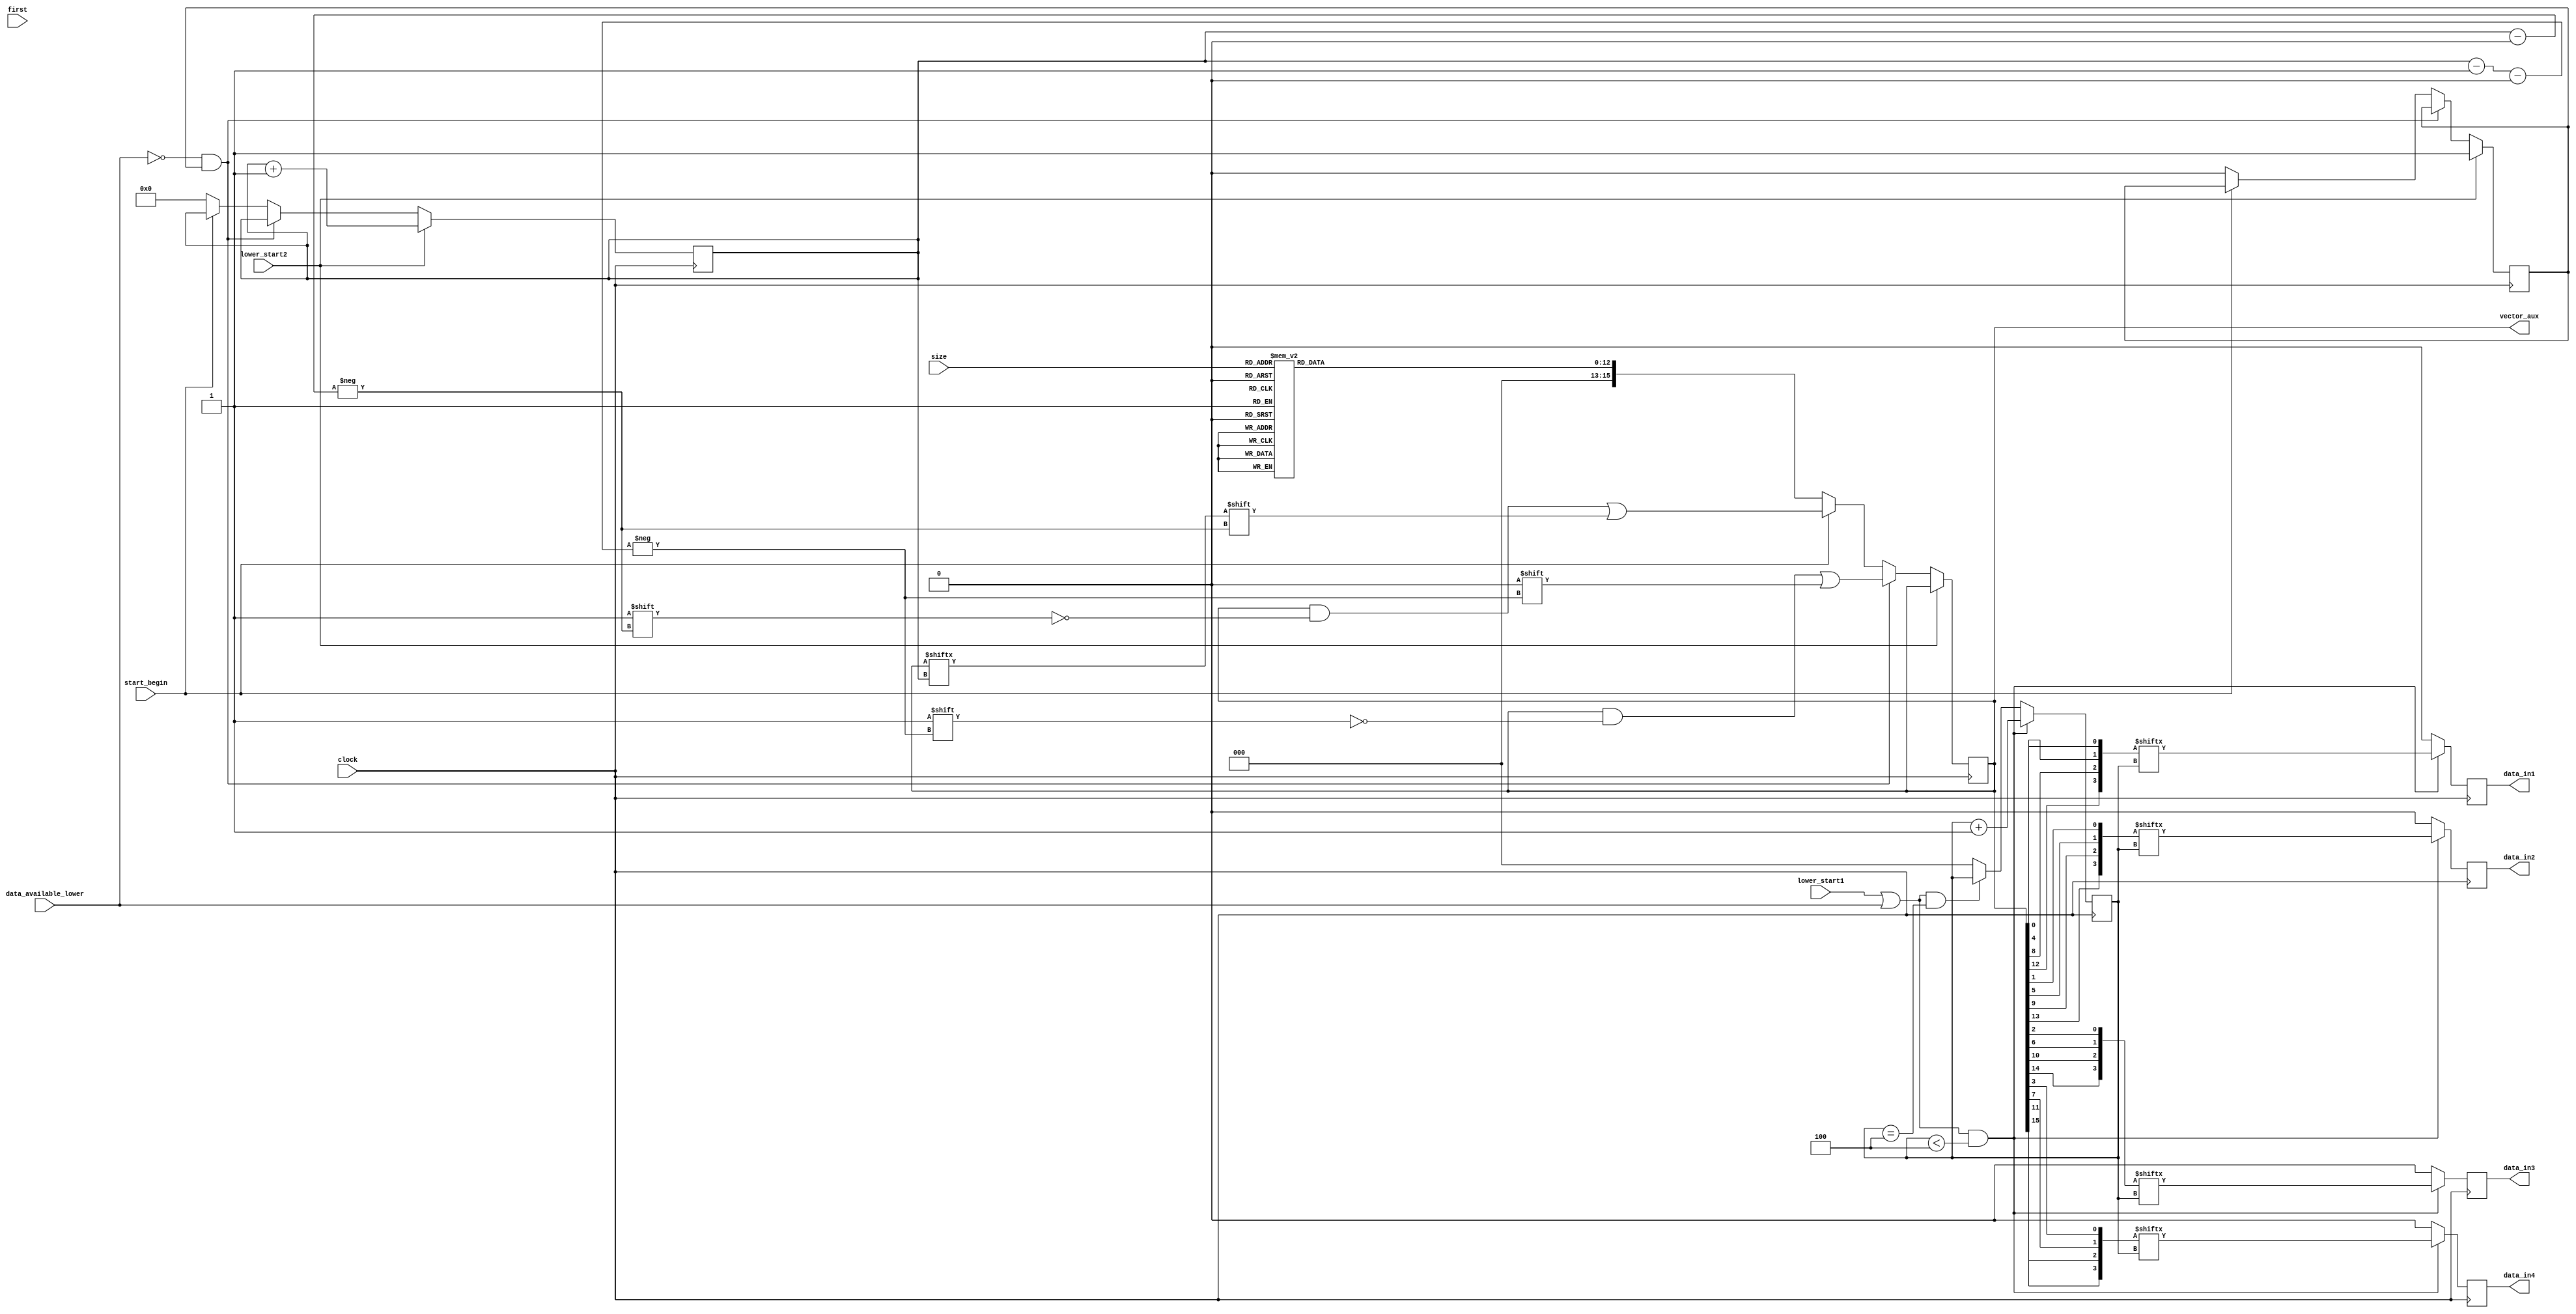
module vector (
input[3:0] size,
input clock, start_begin, lower_start1,lower_start2, data_available_lower,first,
output reg [15:0] vector_aux,
output reg  data_in1, data_in2,data_in3,data_in4
);


	reg [12:0] vector;	
	reg [3:0] data1,data2,data3,data4;
	reg [12:0] cnt;
	reg [2:0] i,a;
	reg z;

	
	always @ (*) begin
		case (size)
			1: vector <=13'h0001;
			2:	vector <=13'h0003;
			3:	vector <=13'h0007;
			4:	vector <=13'h000F;
			5:	vector <=13'h001F;
			6: vector <=13'h003F;
			7: vector <=13'h007F;
			8: vector <=13'h00FF;
			9: vector <=13'h01FF;
			10: vector <=13'h03FF;
			11: vector <=13'h07FF;
			12: vector <=13'h0FFF;
			13: vector <=13'h1FFF;
			default: vector <=13'h0000;
		endcase
	end

	always @ (posedge clock) begin
		if((lower_start1||data_available_lower) && (a < 3'b100)) begin
			data_in1 <= data1[a];
			data_in2 <= data2[a];
			data_in3 <= data3[a];
			data_in4 <= data4[a];
			a<=a+ 1'b1;
			end
		else if ((lower_start1||data_available_lower) && (a==3'b100)) begin
			data_in1 <= 1'b0;
			data_in2 <= 1'b0;
			data_in3 <= 1'b0;
			data_in4 <= 1'b0;
			a<=a;
		end
		else begin
			a<=3'b0;
			data_in1 <= 1'b0;
			data_in2 <= 1'b0;
			data_in3 <= 1'b0;
			data_in4 <= 1'b0;
		end
	end
	
	always @ (*) begin
			for(i=3'b0; i<4'b100;i=i+1'b1) begin
				data1[i]<= vector_aux[(4*i)];
				data2[i]<= vector_aux[(4*i)+1];
				data3[i]<= vector_aux[(4*i)+2];
				data4[i]<= vector_aux[(4*i)+3];
			end
	end
	
	always @ (posedge clock) begin
			
		if(lower_start2) begin
			cnt <= cnt + 1'b1;
			z<=1'b1;
		end
		
		else if(!data_available_lower && z) begin
			vector_aux[cnt-1'b1] <= 1'b0;
		end
		else if(!start_begin) begin
			cnt <= 4'b0;
			z<=1'b0;
			vector_aux <= vector;
		end
		else begin
			cnt <= cnt;
			vector_aux[cnt] <= vector_aux[cnt];
		end
	
	
	end
	



endmodule